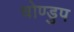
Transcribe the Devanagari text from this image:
धोण्डुप